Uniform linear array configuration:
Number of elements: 8
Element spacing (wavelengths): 0.75
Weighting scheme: hamming
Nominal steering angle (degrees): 45
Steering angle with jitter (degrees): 43.259
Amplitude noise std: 0.05
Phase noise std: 0.05

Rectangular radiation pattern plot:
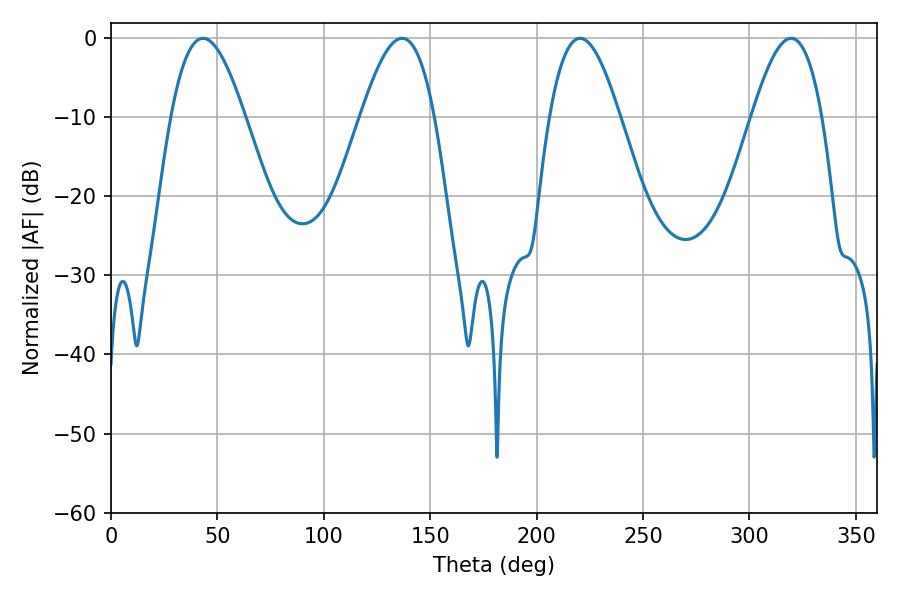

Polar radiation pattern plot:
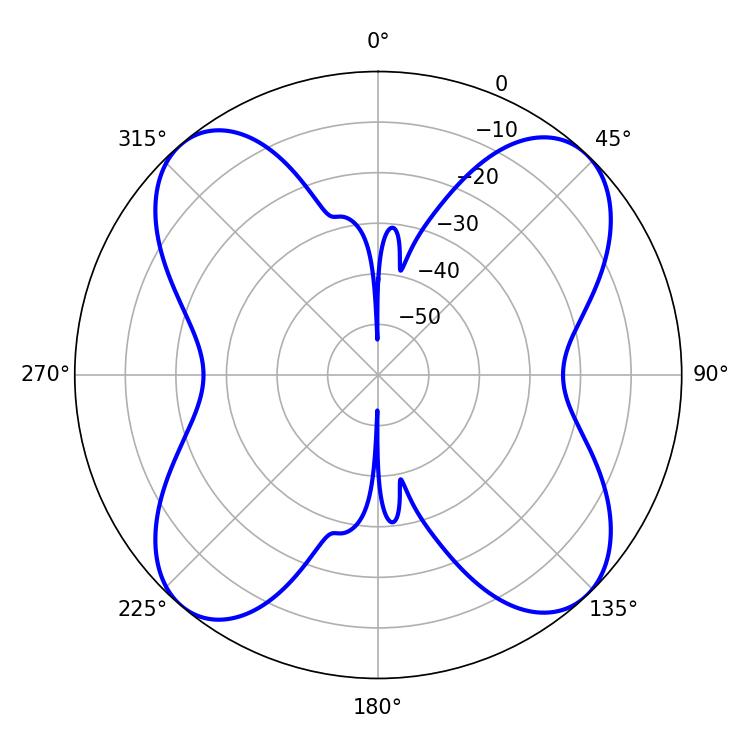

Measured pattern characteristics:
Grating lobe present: TRUE
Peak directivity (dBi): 16.197
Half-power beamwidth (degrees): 18.72
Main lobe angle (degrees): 43.2